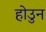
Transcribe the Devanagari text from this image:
होउुन